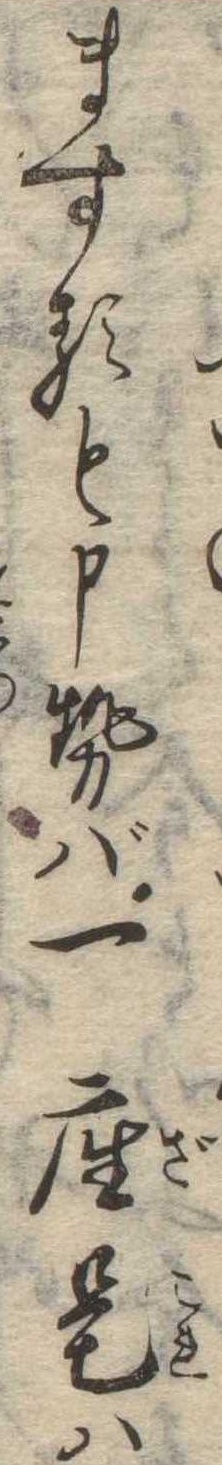
ますると申せば一座是は